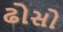
ઢોસો